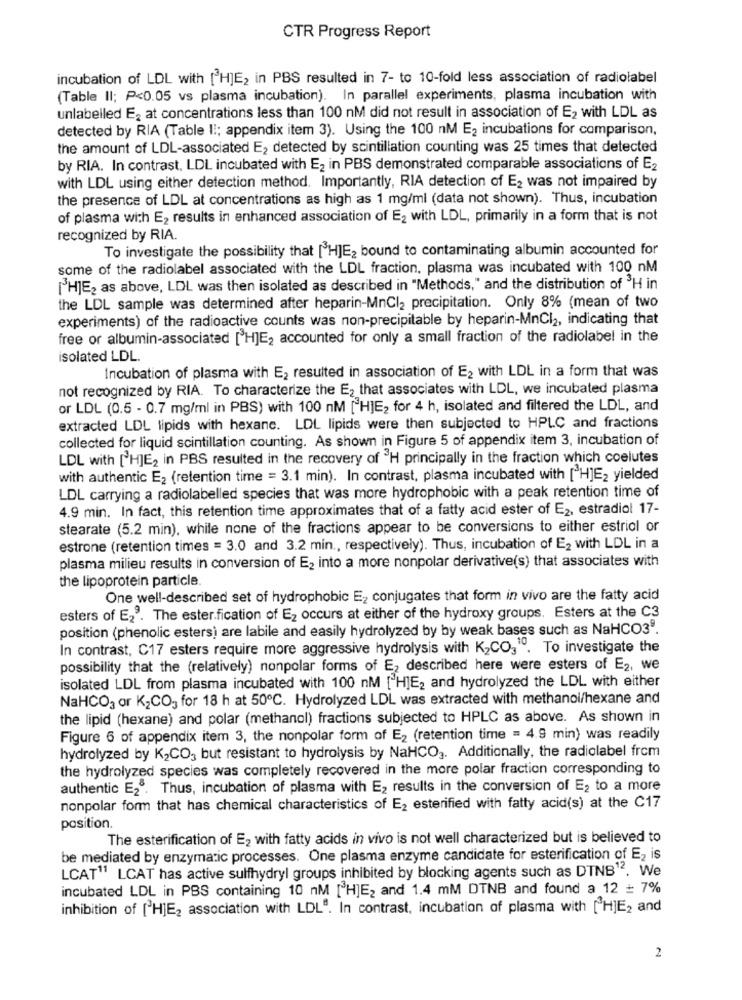
CTR Progress Report
incubation of LDL with [H]E, in PBS resulted in 7- to 10-fold less association of radiolabel
(Table Il; P<0.05 vs plasma incubation). In parallel experiments, plasma incubation with
unlabelled E, at concentrations less than 100 nM did not result in association of E2 with LDL as
detected by RIA (Table | :; appendix item 3). Using the 100 nM E2 incubations for comparison,
the amount of LDL-associated E2 detected by scintillation counting was 25 times that detected
by RIA. In contrast, LDL incubated with E2 in PBS demonstrated comparable associations of E2
with LDL using either detection method. Importantly, RIA detection of E2 was not impaired by
the presence of LDL at concentrations as high as 1 mg/ml (data not shown). Thus, incubation
of plasma with E2 results in enhanced association of E2 with LDL, primarily in a form that is not
recognized by RIA.
To investigate the possibility that ["HJE2 bound to contaminating albumin accounted for
some of the radiolabel associated with the LDL fraction, plasma was incubated with 100 nM
[H]E2 as above, LDL was then isolated as described in "Methods," and the distribution of 3H in
the LDL sample was determined after heparin-MnCl2 precipitation. Only 8% (mean of two
experiments) of the radioactive counts was non-precipitable by heparin-MnCl2, indicating that
free or albumin-associated [ H]E2 accounted for only a small fraction of the radiolabel in the
isolated LDL.
Incubation of plasma with E2 resulted in association of E2 with LDL in a form that was
not recognized by RIA. To characterize the E2 that associates with LDL, we incubated plasma
or LDL (0.5 - 0.7 mg/ml in PBS) with 100 nM ["HJE, for 4 h, isolated and filtered the LDL, and
extracted LDL lipids with hexane. LDL lipids were then subjected to HPLC and fractions
collected for liquid scintillation counting. As shown in Figure 5 of appendix item 3, incubation of
LDL with [H]E2 in PBS resulted in the recovery of "H principally in the fraction which coelutes
with authentic E2 (retention time = 3.1 min). In contrast, plasma incubated with [ H]E2 yielded
LDL carrying a radiolabelled species that was more hydrophobic with a peak retention time of
4.9 min. In fact, this retention time approximates that of a fatty acid ester of E2, estradiol 17-
stearate (5.2 min), while none of the fractions appear to be conversions to either estriol or
estrone (retention times = 3.0 and 3.2 min ., respectively). Thus, incubation of E2 with LDL in a
plasma milieu results in conversion of E2 into a more nonpolar derivative(s) that associates with
the lipoprotein particle.
One well-described set of hydrophobic E2 conjugates that form in vivo are the fatty acid
esters of E29. The ester.fication of E2 occurs at either of the hydroxy groups. Esters at the C3
position (phenolic esters) are labile and easily hydrolyzed by by weak bases such as NaHCO3.
In contrast, C17 esters require more aggressive hydrolysis with K2CO3 . To investigate the
possibility that the (relatively) nonpolar forms of E2 described here were esters of E2, we
isolated LDL from plasma incubated with 100 nM [ H]E2 and hydrolyzed the LDL with either
NaHCO3 or K2CO3 for 18 h at 50℃. Hydrolyzed LDL was extracted with methanol/hexane and
the lipid (hexane) and polar (methanol) fractions subjected to HPLC as above. As shown in
Figure 6 of appendix item 3, the nonpolar form of E2 (retention time = 4.9 min) was readily
hydrolyzed by K2CO3 but resistant to hydrolysis by NaHCO ,. Additionally, the radiolabel from
the hydrolyzed species was completely recovered in the more polar fraction corresponding to
authentic E28. Thus, incubation of plasma with E2 results in the conversion of E2 to a more
nonpolar form that has chemical characteristics of E2 esterified with fatty acid(s) at the C17
position.
The esterification of E2 with fatty acids in vivo is not well characterized but is believed to
be mediated by enzymatic processes. One plasma enzyme candidate for esterification of E2 is
LCAT" LCAT has active sulfhydryl groups inhibited by blocking agents such as DINB12.
incubated LDL in PBS containing 10 nM [ H]E2 and 1.4 mM DTNB and found a 12 + 7%
inhibition of ['HJE2 association with LDL". In contrast, incubation of plasma with [H]E2 and
2